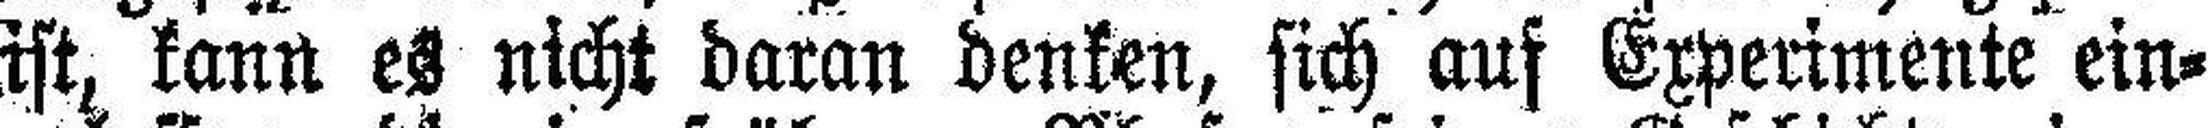
ist, kann es nicht daran denken, sich auf Experimente ein¬